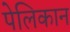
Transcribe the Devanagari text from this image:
पेलिकान